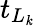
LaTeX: t_{L_{\mathit{k}}}